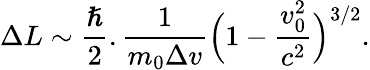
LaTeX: \Delta L\sim\frac{\hslash}{2}.\frac{1}{m_{0}\Delta v}\Bigl(1-\frac{v_{0}^{2}}{c^{2}}\Bigr)^{3/2}.